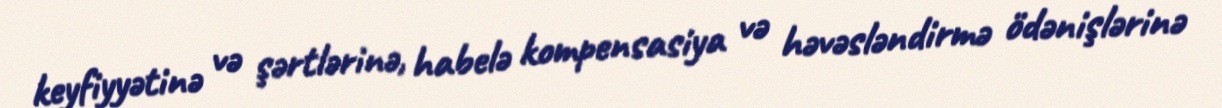
keyfiyyətinə və şərtlərinə, habelə kompensasiya və həvəsləndirmə ödənişlərinə